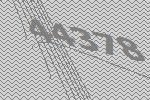
44378